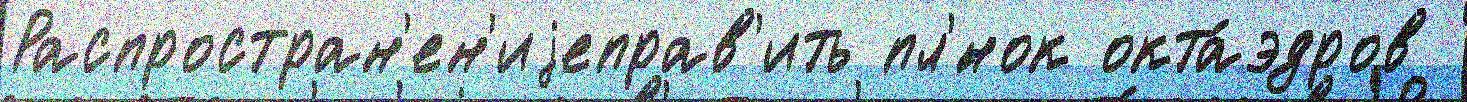
Распростран'ен'иjеправ'ить пл'́нок окта́эдров